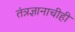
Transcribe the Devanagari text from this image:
तंत्रज्ञानाचीही